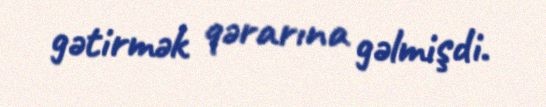
gətirmək qərarına gəlmişdi.